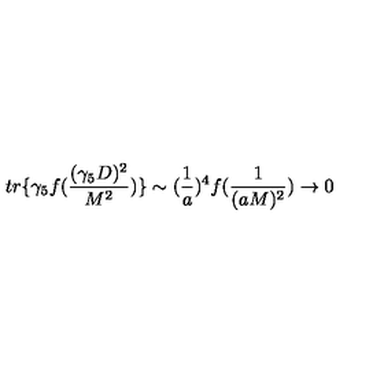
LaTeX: t r \{ \gamma _ { 5 } f ( \frac { ( \gamma _ { 5 } D ) ^ { 2 } } { M ^ { 2 } } ) \} \sim ( \frac { 1 } { a } ) ^ { 4 } f ( \frac { 1 } { ( a M ) ^ { 2 } } ) \rightarrow 0